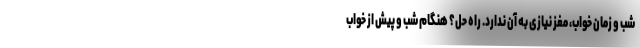
شب و زمان خواب، مغز نیازی به آن ندارد. راه حل؟ هنگام شب و پیش از خواب